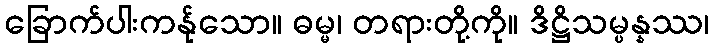
ခြောက်ပါးကန်ုသော။ ဓမ္မ၊ တရားတို့ကို။ ဒိဋ္ဌိသမ္ပန္နဿ၊